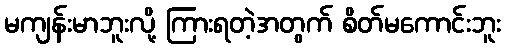
မကျန်းမာဘူးလို့ ကြားရတဲ့အတွက် စိတ်မကောင်းဘူး